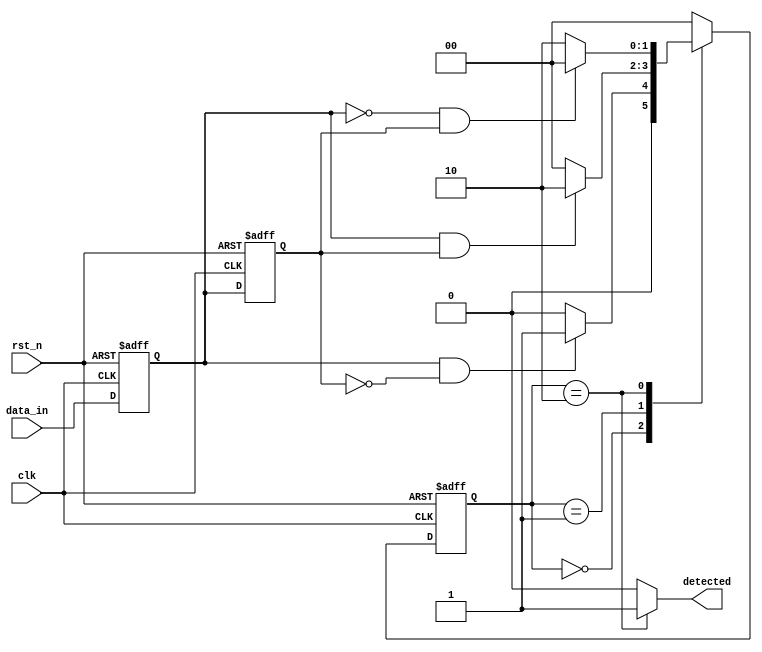
module dual_ff_detector (
    input wire clk,               // Clock signal
    input wire rst_n,             // Active-low asynchronous reset
    input wire data_in,           // Primary input signal
    output reg detected           // Output signal
);

// Internal signals for the flip-flops
reg ff1, ff2;

// State Machine States
localparam IDLE = 2'b00;
localparam DETECTION = 2'b01;
localparam OUTPUT = 2'b10;

// Current and next state
reg [1:0] state, next_state;

// Asynchronous reset and flip-flop logic
always @(posedge clk or negedge rst_n) begin
    if (!rst_n) begin
        ff1 <= 1'b0;
        ff2 <= 1'b0;
    end else begin
        ff1 <= data_in;      // Store the current data_in
        ff2 <= ff1;          // Store the previous state of ff1
    end
end

// State machine logic
always @(posedge clk or negedge rst_n) begin
    if (!rst_n) begin
        state <= IDLE;
    end else begin
        state <= next_state;
    end
end

// Next state logic and detection logic
always @(*) begin
    case (state)
        IDLE: begin
            if (ff1 && !ff2) begin // Rising edge detection
                next_state = DETECTION;
            end else begin
                next_state = IDLE;
            end
            detected = 1'b0; // No detection in IDLE
        end
        
        DETECTION: begin
            if (ff1 && ff2) begin // Maintain detection
                next_state = OUTPUT;
            end else begin
                next_state = IDLE; // Return to IDLE if condition not met
            end
            detected = 1'b0; // No output yet
        end
        
        OUTPUT: begin
            detected = 1'b1; // Assert output when in OUTPUT state
            if (!ff1 && ff2) begin // Falling edge detection
                next_state = IDLE; // Return to IDLE after detection
            end else begin
                next_state = OUTPUT; // Stay in OUTPUT state
            end
        end
        
        default: begin
            next_state = IDLE; // Default to IDLE state
            detected = 1'b0; // Default output
        end
    endcase
end

endmodule